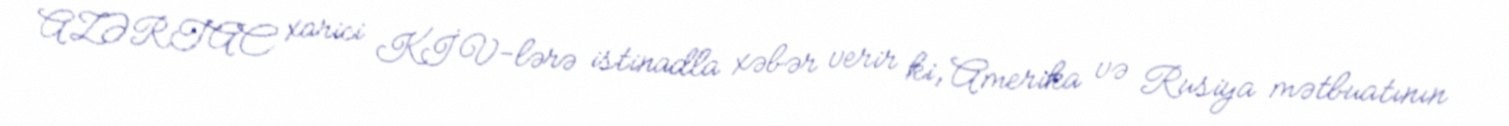
AZƏRTAC xarici KİV-lərə istinadla xəbər verir ki, Amerika və Rusiya mətbuatının